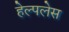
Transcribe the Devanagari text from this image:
हेल्पलेस